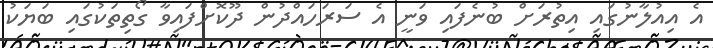
އެ އިއުލާނުގައި އިތުރަށް ބުނެފައި ވަނީ އެ ސަރަހައްދުން ދޫކޮށްފައިވާ ގޯތިތަކުގައި ބަޔަކު